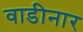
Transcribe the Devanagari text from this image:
वाडीनार